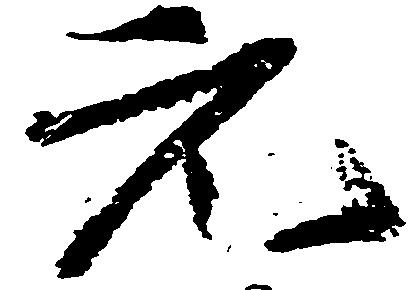
元